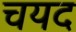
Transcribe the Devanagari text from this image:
चयद